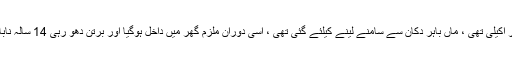
متاثرہ کے مطابق وہ گھر پر اکیلی تھی ، ماں باہر دکان سے سامنے لینے کیلئے گئی تھی ، اسی دوران ملزم گھر میں داخل ہوگیا اور برتن دھو رہی 14 سالہ نابالغ لڑکی کی آبروریزی کی ۔